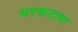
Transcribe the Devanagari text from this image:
भरकटला